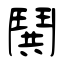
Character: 鬨